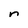
Character: n